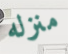
منزله